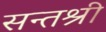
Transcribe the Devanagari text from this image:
सन्तश्री